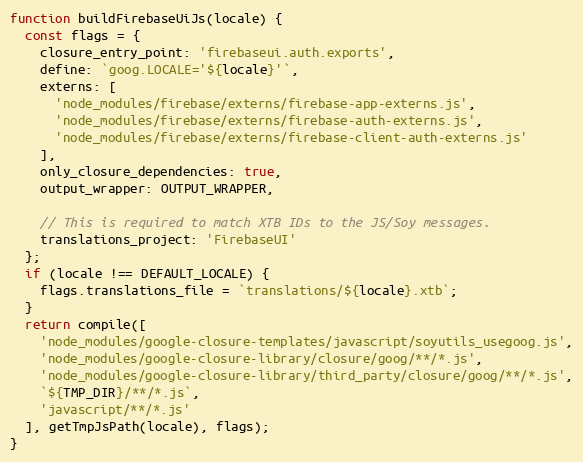
Language: JavaScript
function buildFirebaseUiJs(locale) {
  const flags = {
    closure_entry_point: 'firebaseui.auth.exports',
    define: `goog.LOCALE='${locale}'`,
    externs: [
      'node_modules/firebase/externs/firebase-app-externs.js',
      'node_modules/firebase/externs/firebase-auth-externs.js',
      'node_modules/firebase/externs/firebase-client-auth-externs.js'
    ],
    only_closure_dependencies: true,
    output_wrapper: OUTPUT_WRAPPER,

    // This is required to match XTB IDs to the JS/Soy messages.
    translations_project: 'FirebaseUI'
  };
  if (locale !== DEFAULT_LOCALE) {
    flags.translations_file = `translations/${locale}.xtb`;
  }
  return compile([
    'node_modules/google-closure-templates/javascript/soyutils_usegoog.js',
    'node_modules/google-closure-library/closure/goog/**/*.js',
    'node_modules/google-closure-library/third_party/closure/goog/**/*.js',
    `${TMP_DIR}/**/*.js`,
    'javascript/**/*.js'
  ], getTmpJsPath(locale), flags);
}